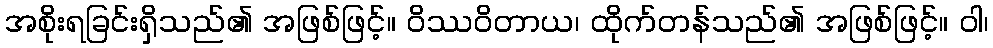
အစိုးရခြင်းရှိသည်၏ အဖြစ်ဖြင့်။ ဝိဿဝိတာယ၊ ထိုက်တန်သည်၏ အဖြစ်ဖြင့်။ ဝါ၊